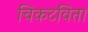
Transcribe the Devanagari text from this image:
चिकटविता